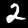
Label: 2